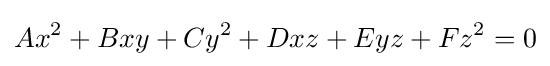
Ax^{2}+Bxy+Cy^{2}+Dxz+Eyz+Fz^{2}=0